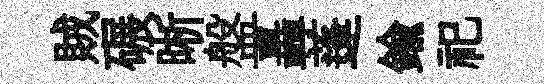
賊碾晰盤轟蓬鍮祀